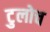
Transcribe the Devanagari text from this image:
टुलोच